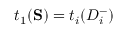
t _ { 1 } ( \mathbf { S } ) = t _ { i } ( D _ { i } ^ { - } )